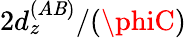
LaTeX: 2d_{z}^{(A\mathit{B})}/(\phiC)